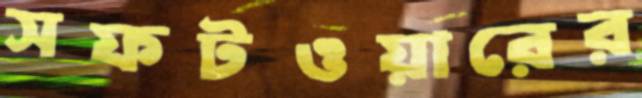
সফটওয়ারের